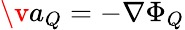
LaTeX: \v{a}_{Q}=-\nabla\Phi_{Q}